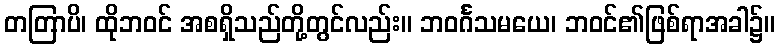
တတြာပိ၊ ထိုဘဝင် အစရှိသည်တို့တွင်လည်း။ ဘဝင်္ဂသမယေ၊ ဘဝင်၏ဖြစ်ရာအခါ၌။